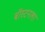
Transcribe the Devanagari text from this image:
बॉस्टनला